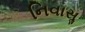
નિવાસૢ